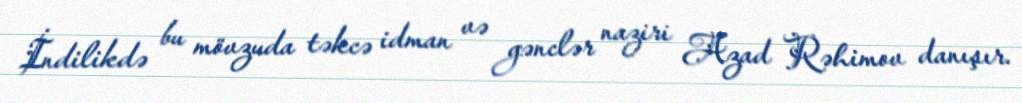
İndilikdə bu mövzuda təkcə idman və gənclər naziri Azad Rəhimov danışır.